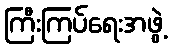
ကြီးကြပ်ရေးအဖွဲ့